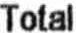
TOTAL